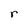
Character: r